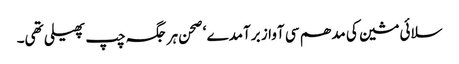
سلائی مشین کی مدھم سی آواز برآمدے ‘ صحن ہر جگہ چپ پھیلی تھی۔